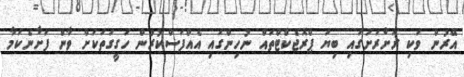
އޭރުން ވަކި ރަށްރަށުގައި ބިޔަ ޕްރޮޖެކްޓްތައް ނުހިންގައި އެއްފަސްކުރުން ހަގީގަތަކަށް ވާން ފަށާނެކަމާ